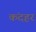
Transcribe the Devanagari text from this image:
कंदहर